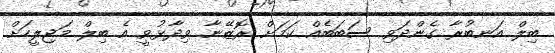
ބިލް އަނބުރާ ގެންދަވި ސަބަބެއް ކަމަށް ރޮޒޭނާ ވިދާޅުވީ އެ ބިލް މަޖިލީހަށް